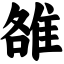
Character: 雒